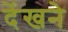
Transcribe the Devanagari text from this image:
देंखने